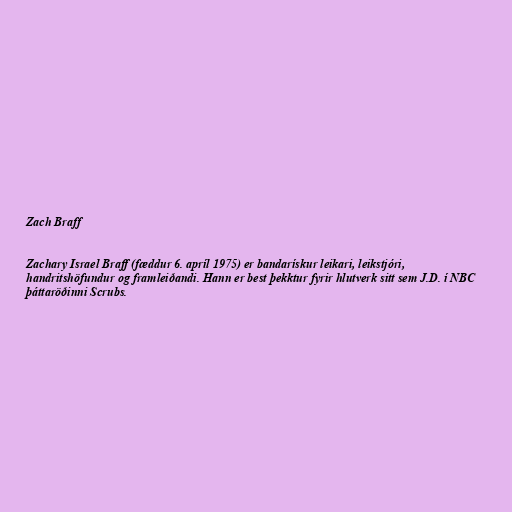
Zach Braff

Zachary Israel Braff (fæddur 6. apríl 1975) er bandarískur leikari, leikstjóri,
handritshöfundur og framleiðandi. Hann er best þekktur fyrir hlutverk sitt sem J.D. í NBC
þáttaröðinni Scrubs.